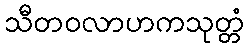
သီတဝလာဟကသုတ္တံ